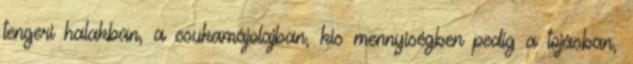
tengeri halakban, a csukamájolajban, kis mennyiségben pedig a tojásban,